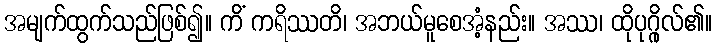
အမျက်ထွက်သည်ဖြစ်၍။ ကိံ ကရိဿတိ၊ အဘယ်မူစေအံ့နည်း။ အဿ၊ ထိုပုဂ္ဂိုလ်၏။